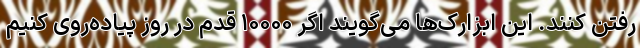
رفتن کنند. این ابزارک‌ها می‌گویند اگر ۱۰۰۰۰ قدم در روز پیاده‌روی کنیم